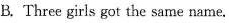
B. Three girls got the same name.